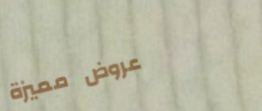
عروض مميزة